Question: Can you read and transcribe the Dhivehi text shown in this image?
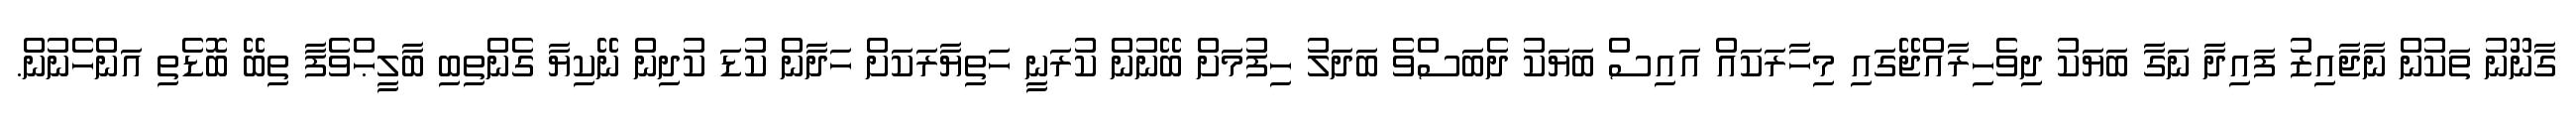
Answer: ގާނޫނު ތަކުން ނާޖާއިޒު ފައިދާ ނަގާ ބަޔަކު ދިވެހިރާއްޖޭގައި މިހާރަކައް އައިސް ބަޔަކު ދެބަސްވެ ބަދަލު ހިފުމަށް ބޭނުން ކުރަނީ ހަތިޔާރަކަށް ހަދާން ކުޑަ ކުދިން ނޭކިޔާ ގެންތިބި ބާލީޙްވެފާ ތިބޭ ބޮޑެތި އަންހެނުން.